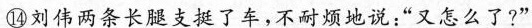
⑭刘伟两条长腿支挺了车，不耐烦地说：”又怎么了?”